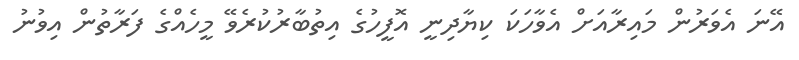
އޭނަ އެވަރުން މައިރާއަށް އެވާހަކަ ކިޔާދިނީ އޮފީހުގެ އިތުބާރުކުރެވޭ މީހެއްގެ ފަރާތުން އިވުނު